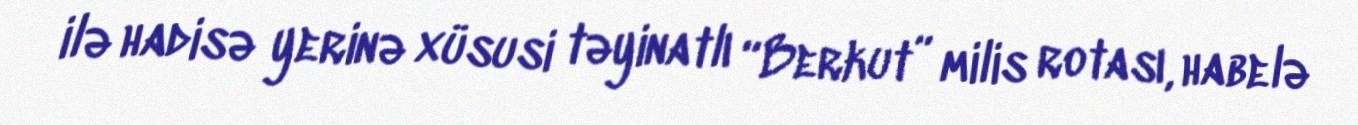
ilə hadisə yerinə xüsusi təyinatlı “Berkut” milis rotası, habelə